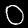
Digit: 0